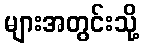
များအတွင်းသို့